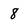
Character: 8